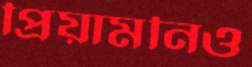
প্রিয়ামনিও